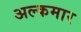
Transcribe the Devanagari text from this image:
अल्कमार